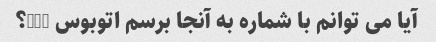
آیا می توانم با شماره به آنجا برسم اتوبوس 913؟